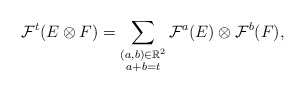
\begin{align*}\mathcal F^{t}(E\otimes F)=\sum_{\begin{subarray}{c}(a,b)\in\mathbb R^2\\a+b=t\end{subarray}}\mathcal F^a(E)\otimes\mathcal F^b(F),\end{align*}